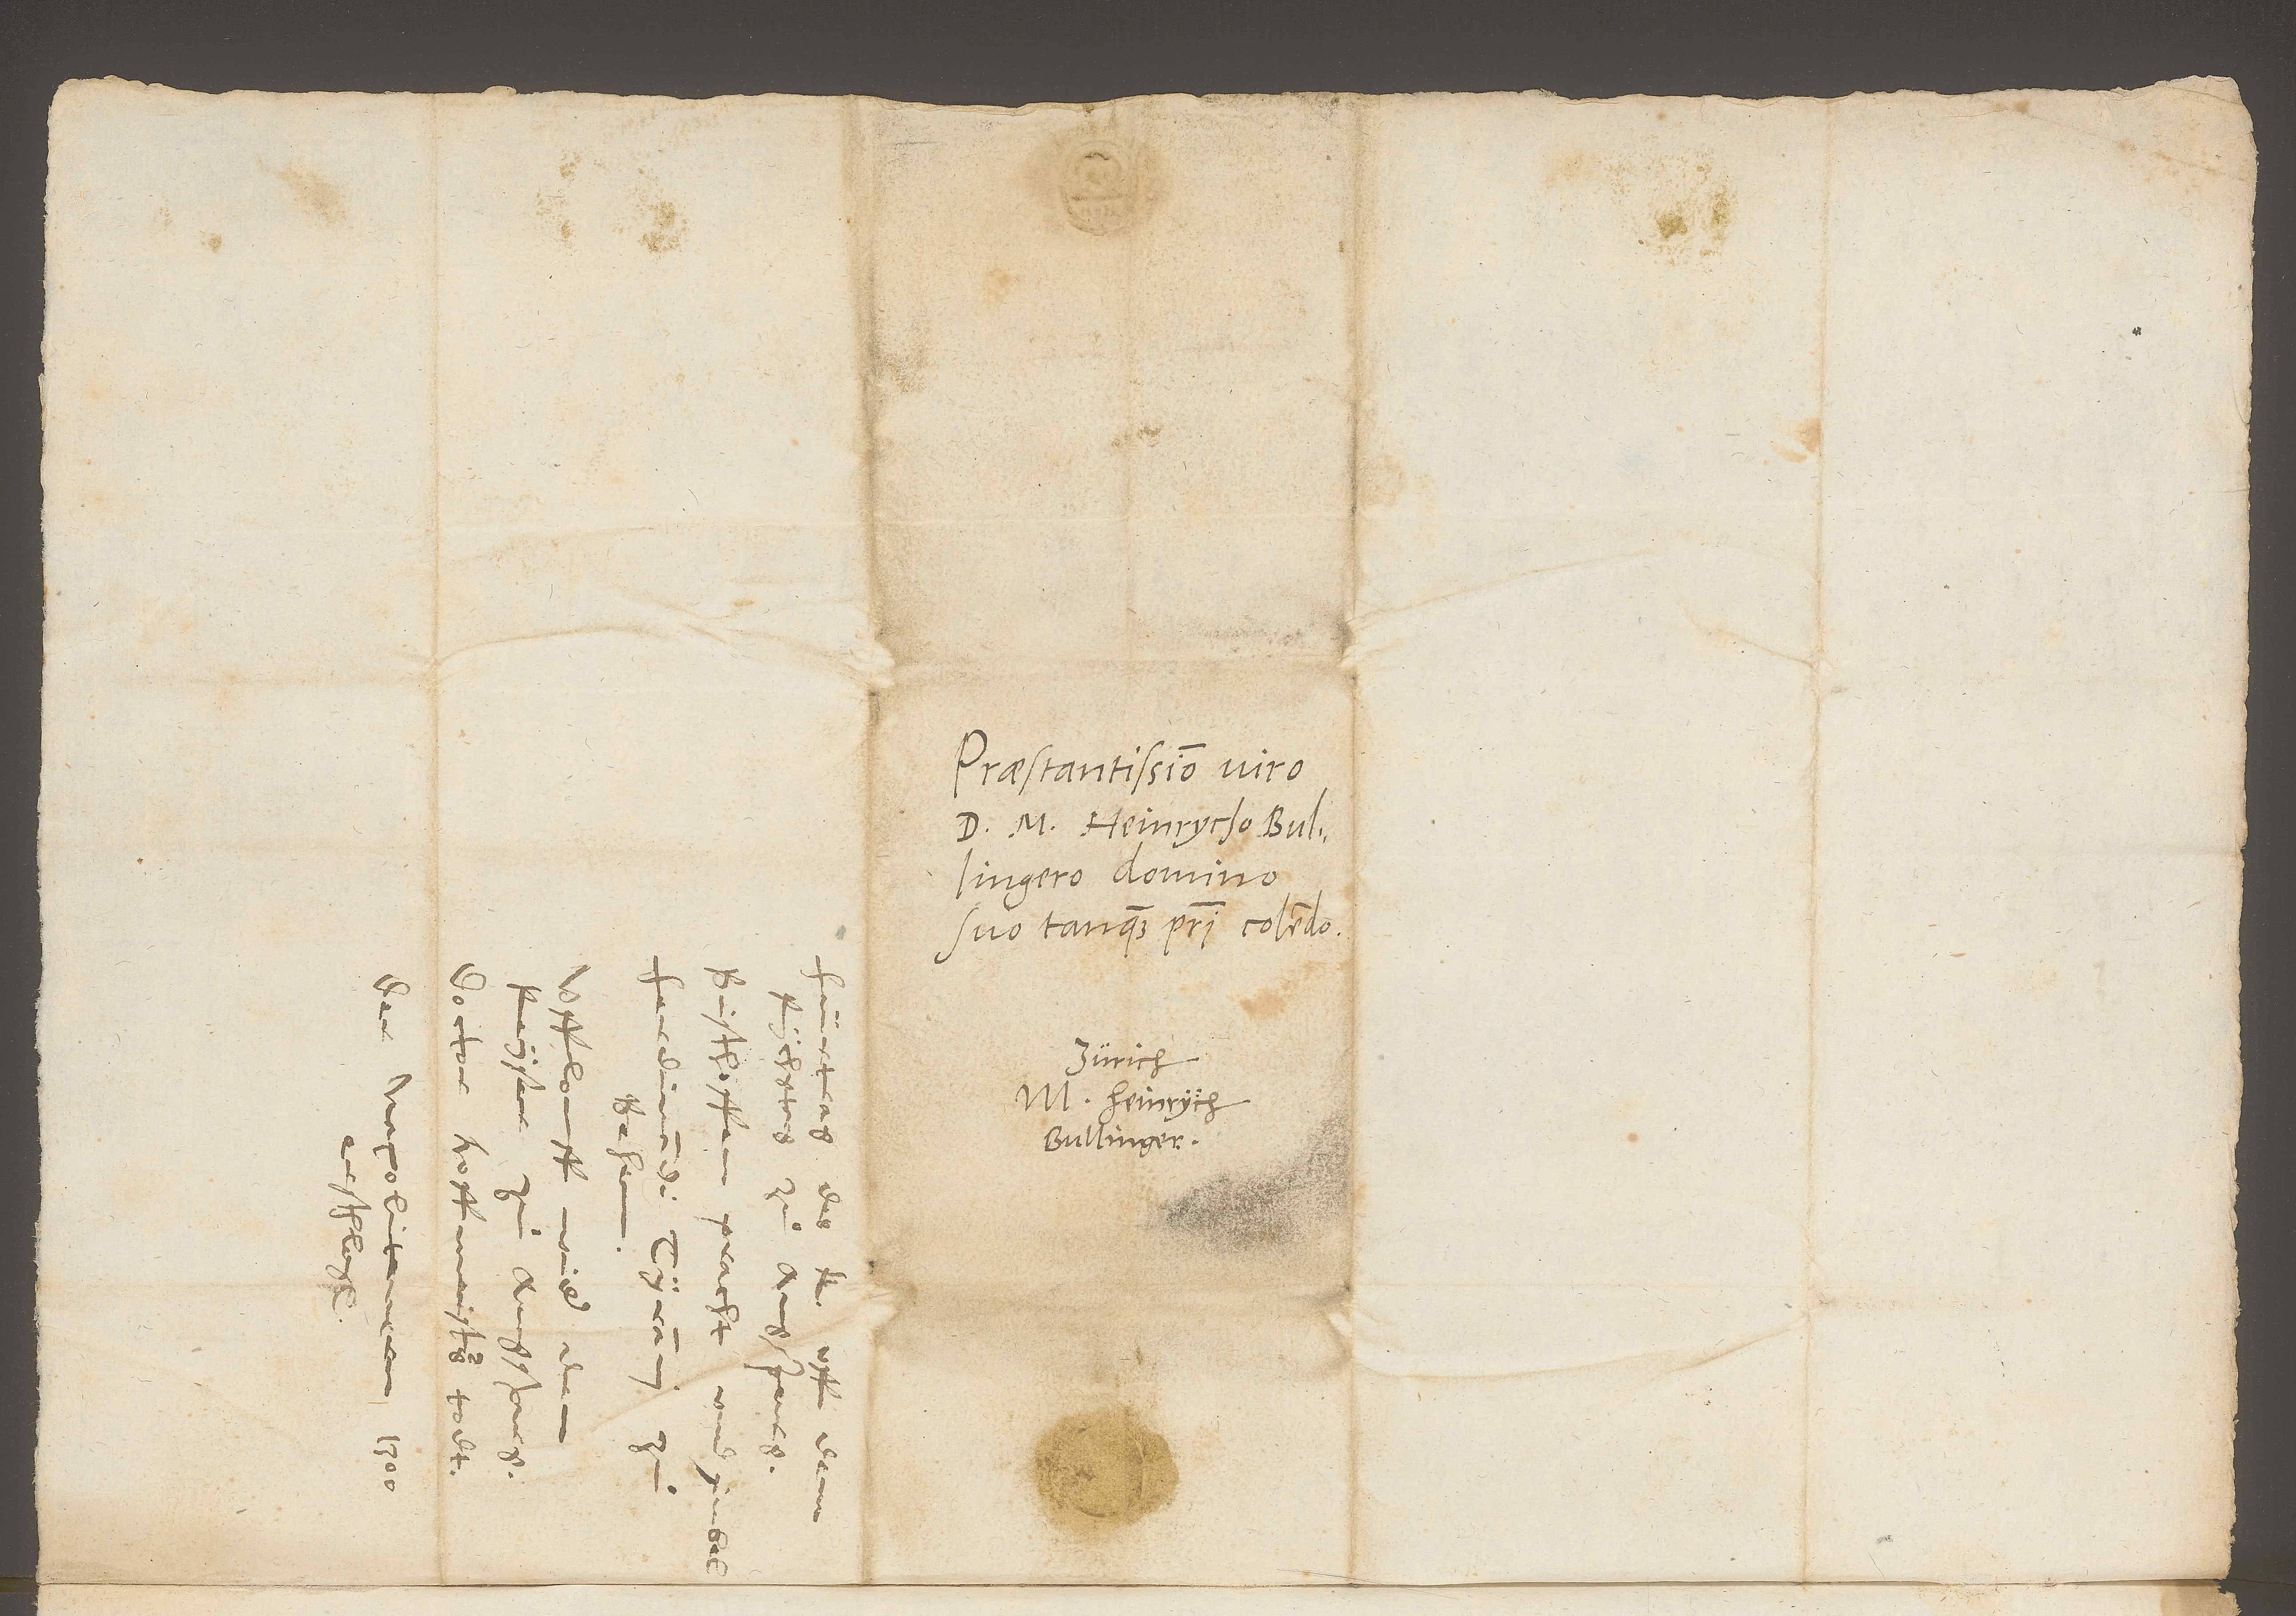
S.

Praestantissimo viro
d. m. Heinrycho Bullingero,
suo tanquam patri colendo.
Zürich.
M. Heinrych
Bullinger.